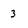
Character: 3